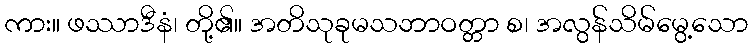
ကား။ ဖဿာဒီနံ၊ တို့၏။ အတိသုခုမသဘာဝတ္တာ စ၊ အလွန်သိမ်မွေ့သော